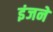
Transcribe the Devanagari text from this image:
इंजने